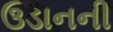
ઉડાનની